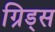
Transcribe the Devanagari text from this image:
ग्रिड्स